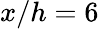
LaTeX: x/h=6